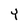
Character: Y